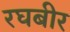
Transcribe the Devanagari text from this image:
रघबीर